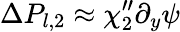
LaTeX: \Delta P_{l,2}\approx\chi_{2}^{\prime\prime}\partial_{y}\psi